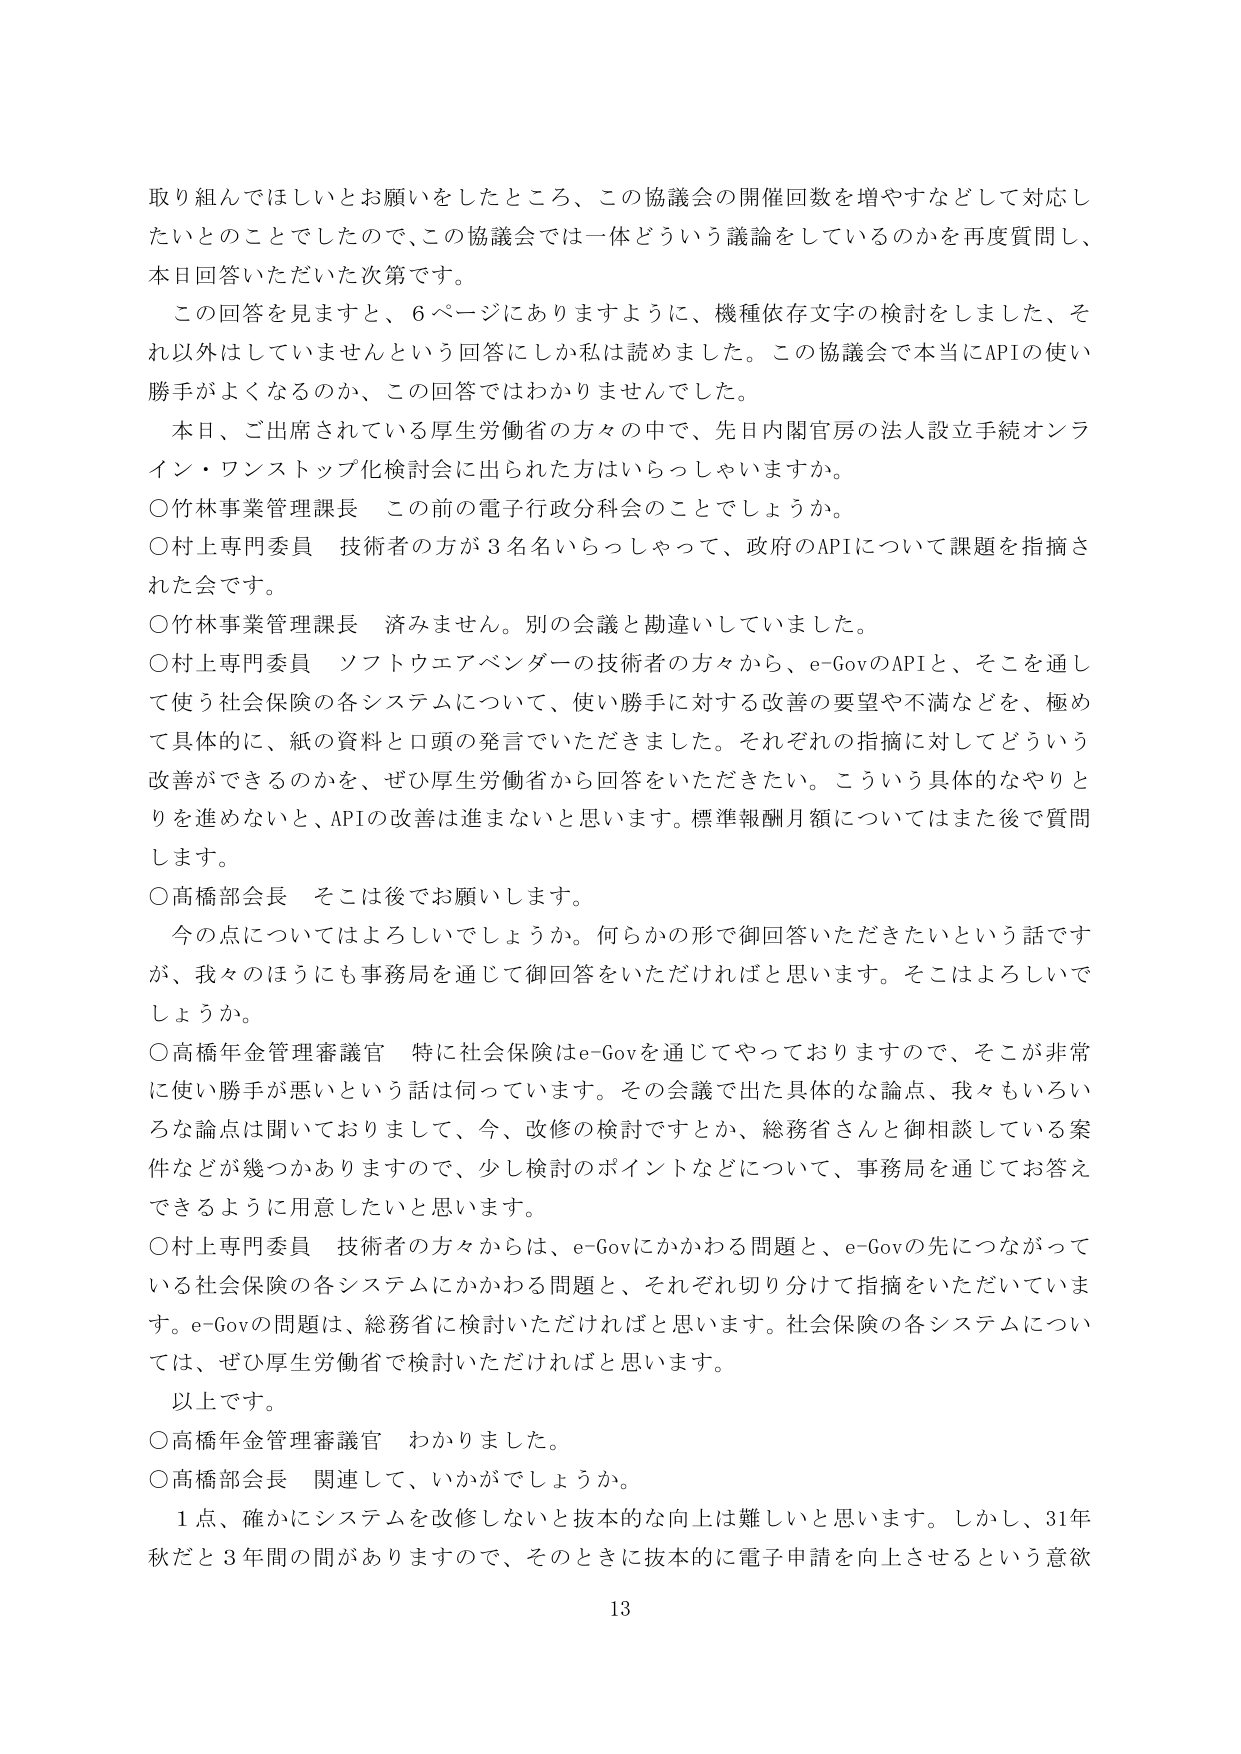
取り組んでほしいとお願いをしたところ、この協議会の開催回数を増やすなどして対応したいとのことでしたので、この協議会では一体どういう議論をしているのかを再度質問し、本日回答いただいた次第です。

この回答を見ますと、6ページにありますように、機種依存文字の検討をしました、それ以外はしていませんという回答にしか私は読めました。この協議会で本当にAPIの使い勝手がよくなるのか、この回答ではわかりませんでした。

本日、ご出席されている厚生労働省の方々の中で、先日内閣官房の法人設立手続オンライン・ワンストップ化検討会に出られた方はいらっしゃいますか。

○竹林事業管理課長　この前の電子行政分科会のことでしょうか。

○村上専門委員　技術者の方が3名名いらっしゃって、政府のAPIについて課題を指摘された会です。

○竹林事業管理課長　済みません。別の会議と勘違いしていました。

○村上専門委員　ソフトウェアベンダーの技術者の方々から、e-GovのAPIと、そこを通じて使う社会保険の各システムについて、使い勝手に対する改善の要望や不満などを、極めて具体的に、紙の資料と口頭の発言でいただきました。それぞれの指摘に対してどういう改善ができるのかを、ぜひ厚生労働省から回答をいただきたい。こういう具体的なやりとりを進めないと、APIの改善は進まないと思います。標準報酬月額についてはまた後で質問します。

○高橋部会長　そこは後でお願いします。

今の点についてはよろしいでしょうか。何らかの形で御回答いただきたいという話ですが、我々のほうにも事務局を通じて御回答をいただければと思います。そこはよろしいでしょうか。

○高橋年金管理審議官　特に社会保険はe-Govを通じてやっておりますので、そこが非常に使い勝手が悪いという話は何っています。その会議で出た具体的な論点、我々もいろいろな論点は聞いておりまして、今、改修の検討ですとか、総務省さんと御相談している案件などが幾つかありますので、少し検討のポイントなどについて、事務局を通じてお答えできるように用意したいと思います。

○村上専門委員　技術者の方々からは、e-Govにかかわる問題と、e-Govの先につながっている社会保険の各システムにかかわる問題と、それぞれ切り分けて指摘いただいています。e-Govの問題は、総務省に検討いただければと思います。社会保険の各システムについては、ぜひ厚生労働省で検討いただければと思います。

以上です。

○高橋年金管理審議官　わかりました。

○高橋部会長　関連して、いかがでしょうか。

1点、確かにシステムを改修しないと抜本的な向上は難しいと思います。しかし、31年秋だと3年間の間がありますので、そのときに抜本的に電子申請を向上させるという意欲

13